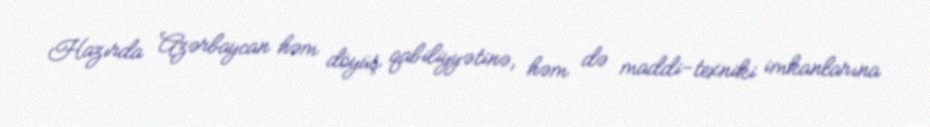
Hazırda Azərbaycan həm döyüş qabiliyyətinə, həm də maddi-texniki imkanlarına